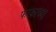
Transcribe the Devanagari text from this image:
फरकाच्या